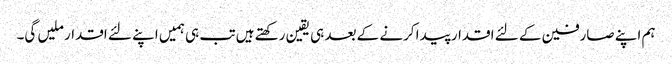
ہم اپنے صارفین کے لئے اقدار پیدا کرنے کے بعد ہی یقین رکھتے ہیں تب ہی ہمیں اپنے لئے اقدار ملیں گی۔